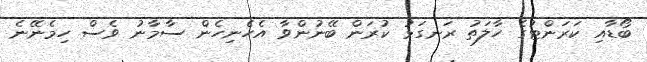
ބޯޑާއި ކަރަންޓުގެ ހާލަތު ރަނގަޅު ކުރަން ބޭނުންވާ އެހެނިހެން ސާމާނު ވެސް ހިމެނޭނެ